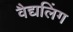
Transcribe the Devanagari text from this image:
वैद्यलिंग